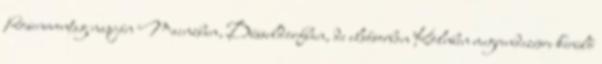
Rosenmontag napján Mainzban, Düsseldorfban, de elsősorban Kölnben megrendezésre kerülő